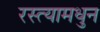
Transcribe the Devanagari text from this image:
रस्त्यामधुन